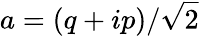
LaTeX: a=(q+ip)/\sqrt{2}